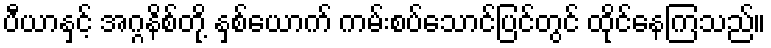
ပီယာနှင့် အဂ္ဂနိစ်တို့ နှစ်ယောက် ကမ်းစပ်သောင်ပြင်တွင် ထိုင်နေကြသည်။